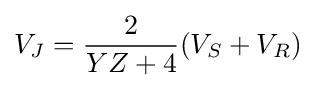
V_{J}={\frac {2}{YZ+4}}(V_{S}+V_{R})